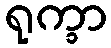
ရုက္ခာ